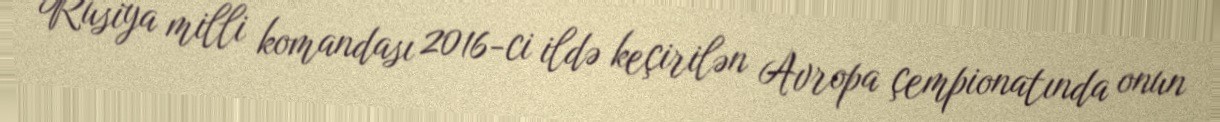
Rusiya milli komandası 2016-ci ildə keçirilən Avropa çempionatında onun